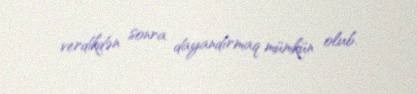
verdikdən sonra dayandırmaq mümkün olub.